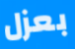
بعزل